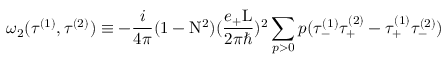
{ \omega } _ { 2 } ( { \tau } ^ { ( 1 ) } , { \tau } ^ { ( 2 ) } ) \equiv - \frac { i } { 4 \pi } ( 1 - \mathrm { N } ^ { 2 } ) ( \frac { e _ { + } \mathrm { L } } { 2 { \pi } { \hbar } } ) ^ { 2 } \sum _ { p > 0 } p ( { \tau } _ { - } ^ { ( 1 ) } { \tau } _ { + } ^ { ( 2 ) } - { \tau } _ { + } ^ { ( 1 ) } { \tau } _ { - } ^ { ( 2 ) } )